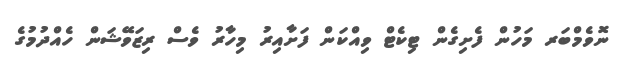
ނޮވެމްބަރ މަހުން ފެށިގެން ޓިކެޓް ވިއްކަން ފަށާއިރު މިހާރު ވެސް ރިޒަވޭޝަން ހެއްދުމުގެ